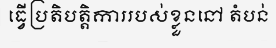
ធ្វើប្រតិបត្តិការរបស់ខ្លួននៅ តំបន់